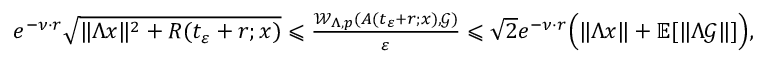
\begin{array} { r } { \quad e ^ { - \nu \cdot r } \sqrt { \| \Lambda x \| ^ { 2 } + R ( t _ { \varepsilon } + r ; x ) } \leqslant \frac { \mathcal { W } _ { \Lambda , p } ( A ( t _ { \varepsilon } + r ; x ) , \mathcal { G } ) } { \varepsilon } \leqslant { \sqrt { 2 } } e ^ { - \nu \cdot r } \Big ( \| \Lambda x \| + \mathbb { E } [ \| \Lambda \mathcal { G } \| ] \Big ) , } \end{array}